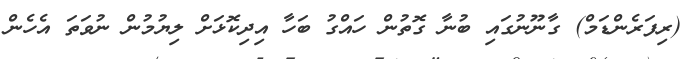
(ރިފަރެންޑަމް) ގާނޫނުގައި ބުނާ ގޮތުން ހައްގު ބަހާ އިދިކޮޅަށް ލިޔުމުން ނުވަތަ އެހެން